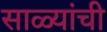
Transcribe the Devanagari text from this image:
साळ्यांची